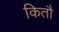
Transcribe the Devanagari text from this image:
कितौ